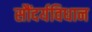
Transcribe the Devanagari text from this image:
सौंदर्यविधान